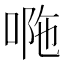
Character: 𠴻